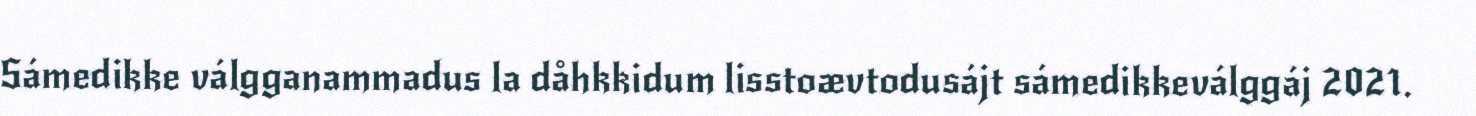
Sámedikke válgganammadus la dåhkkidum lisstoævtodusájt sámedikkeválggáj 2021.